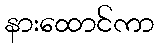
နားထောင်ကာ